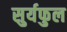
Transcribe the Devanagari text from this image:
सुर्यफुल